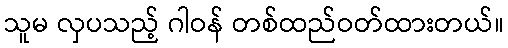
သူမ လှပသည့် ဂါဝန် တစ်ထည်ဝတ်ထားတယ်။